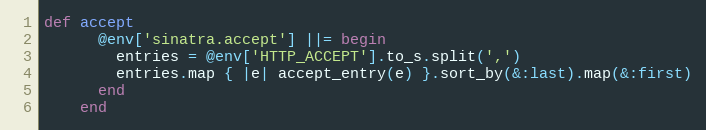
Language: Ruby
def accept
      @env['sinatra.accept'] ||= begin
        entries = @env['HTTP_ACCEPT'].to_s.split(',')
        entries.map { |e| accept_entry(e) }.sort_by(&:last).map(&:first)
      end
    end